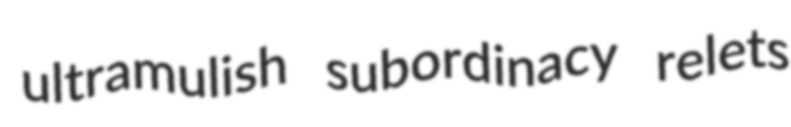
ultramulish subordinacy relets